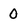
Character: 0